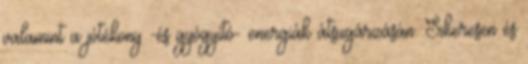
valamint a jótékony -és gyógyító- energiák átsugárzásán. Sikeresen és